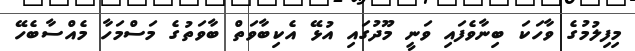
މިފިލުމުގެ ވާހަކަ ބިނާވެފައި ވަނީ މޫދުގައި އުޅޭ އެކިބާވަތް ބާވަތުގެ މަސްމަހާ މެއްސާބެހޭ